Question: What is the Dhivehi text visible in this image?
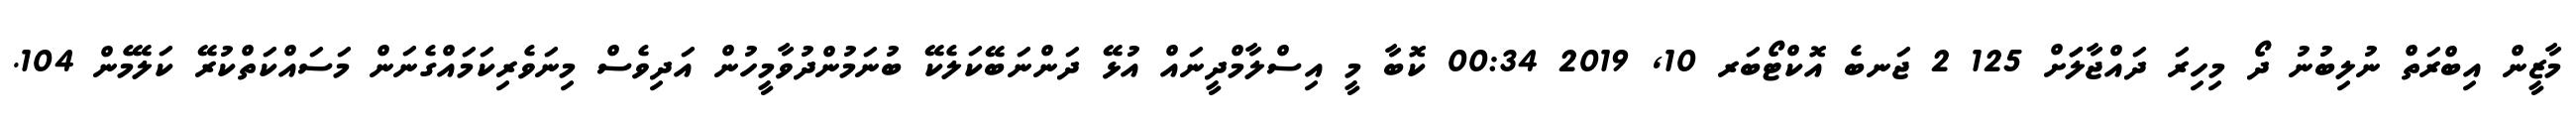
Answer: މާޒީން އިބްރަތް ނުލިބުނު ދޯ މިހިރަ ދައްޖާލަަށް 125 2 ޖަނބެ އޮކްޓޯބަރ 10, 2019 00:34 ކޮބާ މީ އިސްލާމްދީނައް އުޅޭ ދަންނަބޭކަލެކޭ ބުނަމުންދުވާމީހުން އަދިވެސް މިނަވެރިކަމައްގެނަން މަސައްކަތްކުރޭ ކަލޭމެން 104.